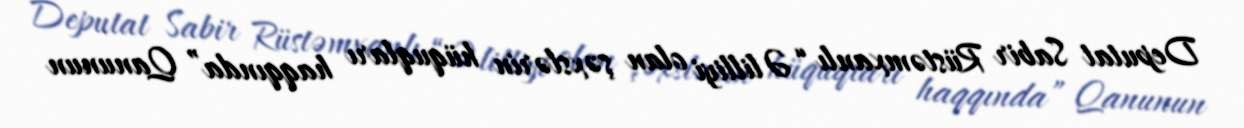
Deputat Sabir Rüstəmxanlı “Əlilliyi olan şəxslərin hüquqları haqqında” Qanunun